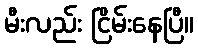
မီးလည်း ငြိမ်းနေပြီ။